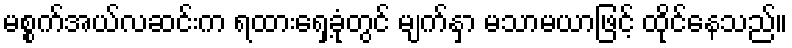
မစ္စက်အယ်လဆင်းက ရထားရှေ့ခုံတွင် မျက်နှာ မသာမယာဖြင့် ထိုင်နေသည်။